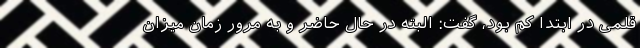
قلمی در ابتدا کم بود، گفت: البته در حال حاضر و به مرور زمان میزان